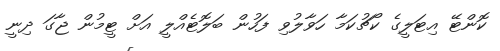
ކޮންޓޭ އިޓަލީގެ ކޯޗުކަމާ ހަވާލުވި ފަހުން ބަލޮޓެއްލީ އަށް ޓީމުން ޖާގަ ދިނީ